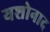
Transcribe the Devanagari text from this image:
यशोनाद